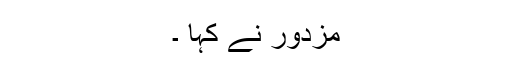
مزدور نے کہا ۔